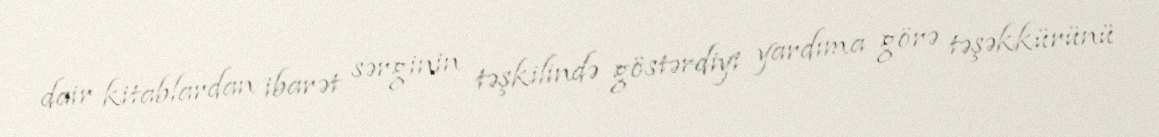
dair kitablardan ibarət sərginin təşkilində göstərdiyi yardıma görə təşəkkürünü